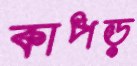
কাপড়